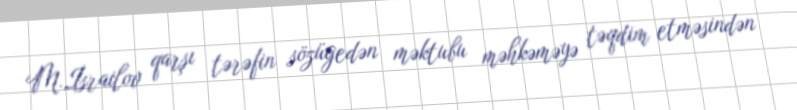
M.İsrailov qarşı tərəfin sözügedən məktubu məhkəməyə təqdim etməsindən